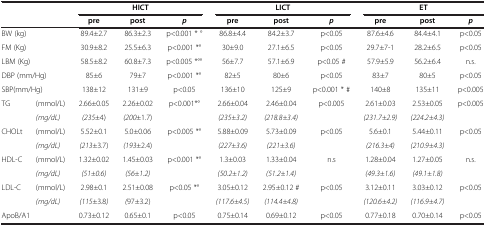
<table><thead><tr><td colspan="2"><b> </b></td><td colspan="3"><b>HICT</b></td><td colspan="3"><b>LICT</b></td><td colspan="3"><b>ET</b></td></tr><tr><td colspan="2"><b> </b></td><td><b>pre</b></td><td><b>post</b></td><td><b><i>p</i></b></td><td><b>pre</b></td><td><b>post</b></td><td><b><i>p</i></b></td><td><b>pre</b></td><td><b>post</b></td><td><b><i>p</i></b></td></tr></thead><tbody><tr><td colspan="2">BW (kg)</td><td>89.4±2.7</td><td>86.3±2.3</td><td>p&lt;0.001 * °</td><td>86.8±4.4</td><td>84.2±3.7</td><td>p&lt;0.05</td><td>87.6±4.6</td><td>84.4±4.1</td><td>p&lt;0.05</td></tr><tr><td colspan="2">FM (Kg)</td><td>30.9±8.2</td><td>25.5±6.3</td><td>p&lt;0.001 *°</td><td>30±9.0</td><td>27.1±6.5</td><td>p&lt;0.05</td><td>29.7±7-1</td><td>28.2±6.5</td><td>p&lt;0.05</td></tr><tr><td colspan="2">LBM (Kg)</td><td>58.5±8.2</td><td>60.8±7.3</td><td>p&lt;0.005 *°°</td><td>56±7.7</td><td>57.1±6.9</td><td>p&lt;0.05 #</td><td>57.9±5.9</td><td>56.2±6.4</td><td>n.s.</td></tr><tr><td colspan="2">DBP (mm/Hg)</td><td>85±6</td><td>79±7</td><td>p&lt;0.001 *°</td><td>82±5</td><td>80±6</td><td>p&lt;0.05</td><td>83±7</td><td>80±5</td><td>p&lt;0.05</td></tr><tr><td colspan="2">SBP(mm/Hg)</td><td>138±12</td><td>131±9</td><td>p&lt;0.05</td><td>136±10</td><td>125±9</td><td>p&lt;0.001 * #</td><td>140±8</td><td>135±11</td><td>p&lt;0.005</td></tr><tr><td rowspan="2">TG</td><td>(mmol/L)</td><td>2.66±0.05</td><td>2.26±0.02</td><td rowspan="2">p&lt;0.001*°</td><td>2.66±0.04</td><td>2.46±0.04</td><td rowspan="2">p&lt;0.005</td><td>2.61±0.03</td><td>2.53±0.05</td><td rowspan="2">p&lt;0.005</td></tr><tr><td><i>(mg/dL)</i></td><td><i>(235</i>±4)</td><td><i>(200</i>±1.7)</td><td><i>(235±3.2)</i></td><td><i>(218.8±3.4)</i></td><td><i>(231.7±2.9)</i></td><td><i>(224.2±4.3)</i></td></tr><tr><td rowspan="2">CHOLt</td><td>(mmol/L)</td><td>5.52±0.1</td><td>5.0±0.06</td><td rowspan="2">p&lt;0.005 *°</td><td>5.88±0.09</td><td>5.73±0.09</td><td rowspan="2">p&lt;0.05</td><td>5.6±0.1</td><td>5.44±0.11</td><td rowspan="2">p&lt;0.05</td></tr><tr><td><i>(mg/dL)</i></td><td><i>(213</i>±3.7)</td><td><i>(193</i>±2.4)</td><td><i>(227±3.6)</i></td><td><i>(221±3.6)</i></td><td><i>(216.3±4)</i></td><td><i>(210.9±4.3)</i></td></tr><tr><td rowspan="2">HDL-C</td><td>(mmol/L)</td><td>1.32±0.02</td><td>1.45±0.03</td><td rowspan="2">p&lt;0.001 *°</td><td>1.3±0.03</td><td>1.33±0.04</td><td rowspan="2">n.s</td><td>1.28±0.04</td><td>1.27±0.05</td><td rowspan="2">n.s.</td></tr><tr><td><i>(mg/dL)</i></td><td><i>(51±0.6)</i></td><td><i>(56±1.2)</i></td><td><i>(50.2±1.2)</i></td><td><i>(51.2±1.4)</i></td><td><i>(49.3±1.6)</i></td><td><i>(49.1±1.8)</i></td></tr><tr><td rowspan="2">LDL-C</td><td>(mmol/L)</td><td>2.98±0.1</td><td>2.51±0.08</td><td rowspan="2">p&lt;0.05 *°</td><td>3.05±0.12</td><td>2.95±0.12 #</td><td rowspan="2">p&lt;0.05</td><td>3.12±0.11</td><td>3.03±0.12</td><td rowspan="2">p&lt;0.05</td></tr><tr><td><i>(mg/dL)</i></td><td><i>(115</i>±3.8<i>)</i></td><td><i>(</i>97±3.2)</td><td><i>(117.6±4.5)</i></td><td><i>(114.4±4.8)</i></td><td><i>(120.6±4.2)</i></td><td><i>(116.9±4.7)</i></td></tr><tr><td colspan="2">ApoB/A1</td><td>0.73±0.12</td><td>0.65±0.1</td><td>p&lt;0.05</td><td>0.75±0.14</td><td>0.69±0.12</td><td>p&lt;0.05</td><td>0.77±0.18</td><td>0.70±0.14</td><td>p&lt;0.05</td></tr></tbody></table>